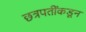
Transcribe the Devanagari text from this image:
छत्रपतींकडून